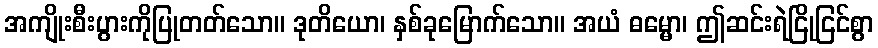
အကျိုးစီးပွားကိုပြုတတ်သော။ ဒုတိယော၊ နှစ်ခုမြောက်သော။ အယံ ဓမ္မော၊ ဤဆင်းရဲငြိုငြင်စွာ